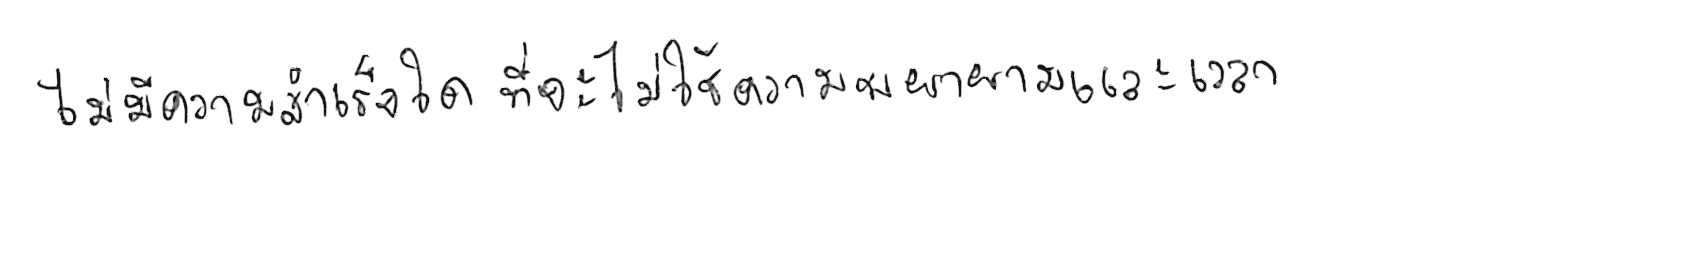
ไม่มีความสำเร็จใด ที่จะไม่ใช้ความพยายามและเวลา